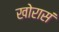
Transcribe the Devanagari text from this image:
खोरासं